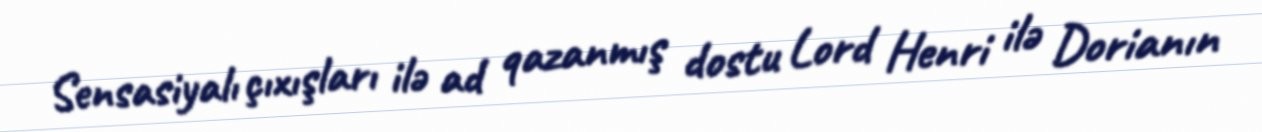
Sensasiyalı çıxışları ilə ad qazanmış dostu Lord Henri ilə Dorianın